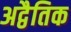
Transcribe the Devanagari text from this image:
अद्वैतिक